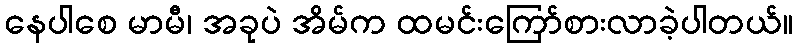
နေပါစေ မာမီ၊ အခုပဲ အိမ်က ထမင်းကြော်စားလာခဲ့ပါတယ်။